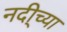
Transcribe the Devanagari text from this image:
नदी्च्या